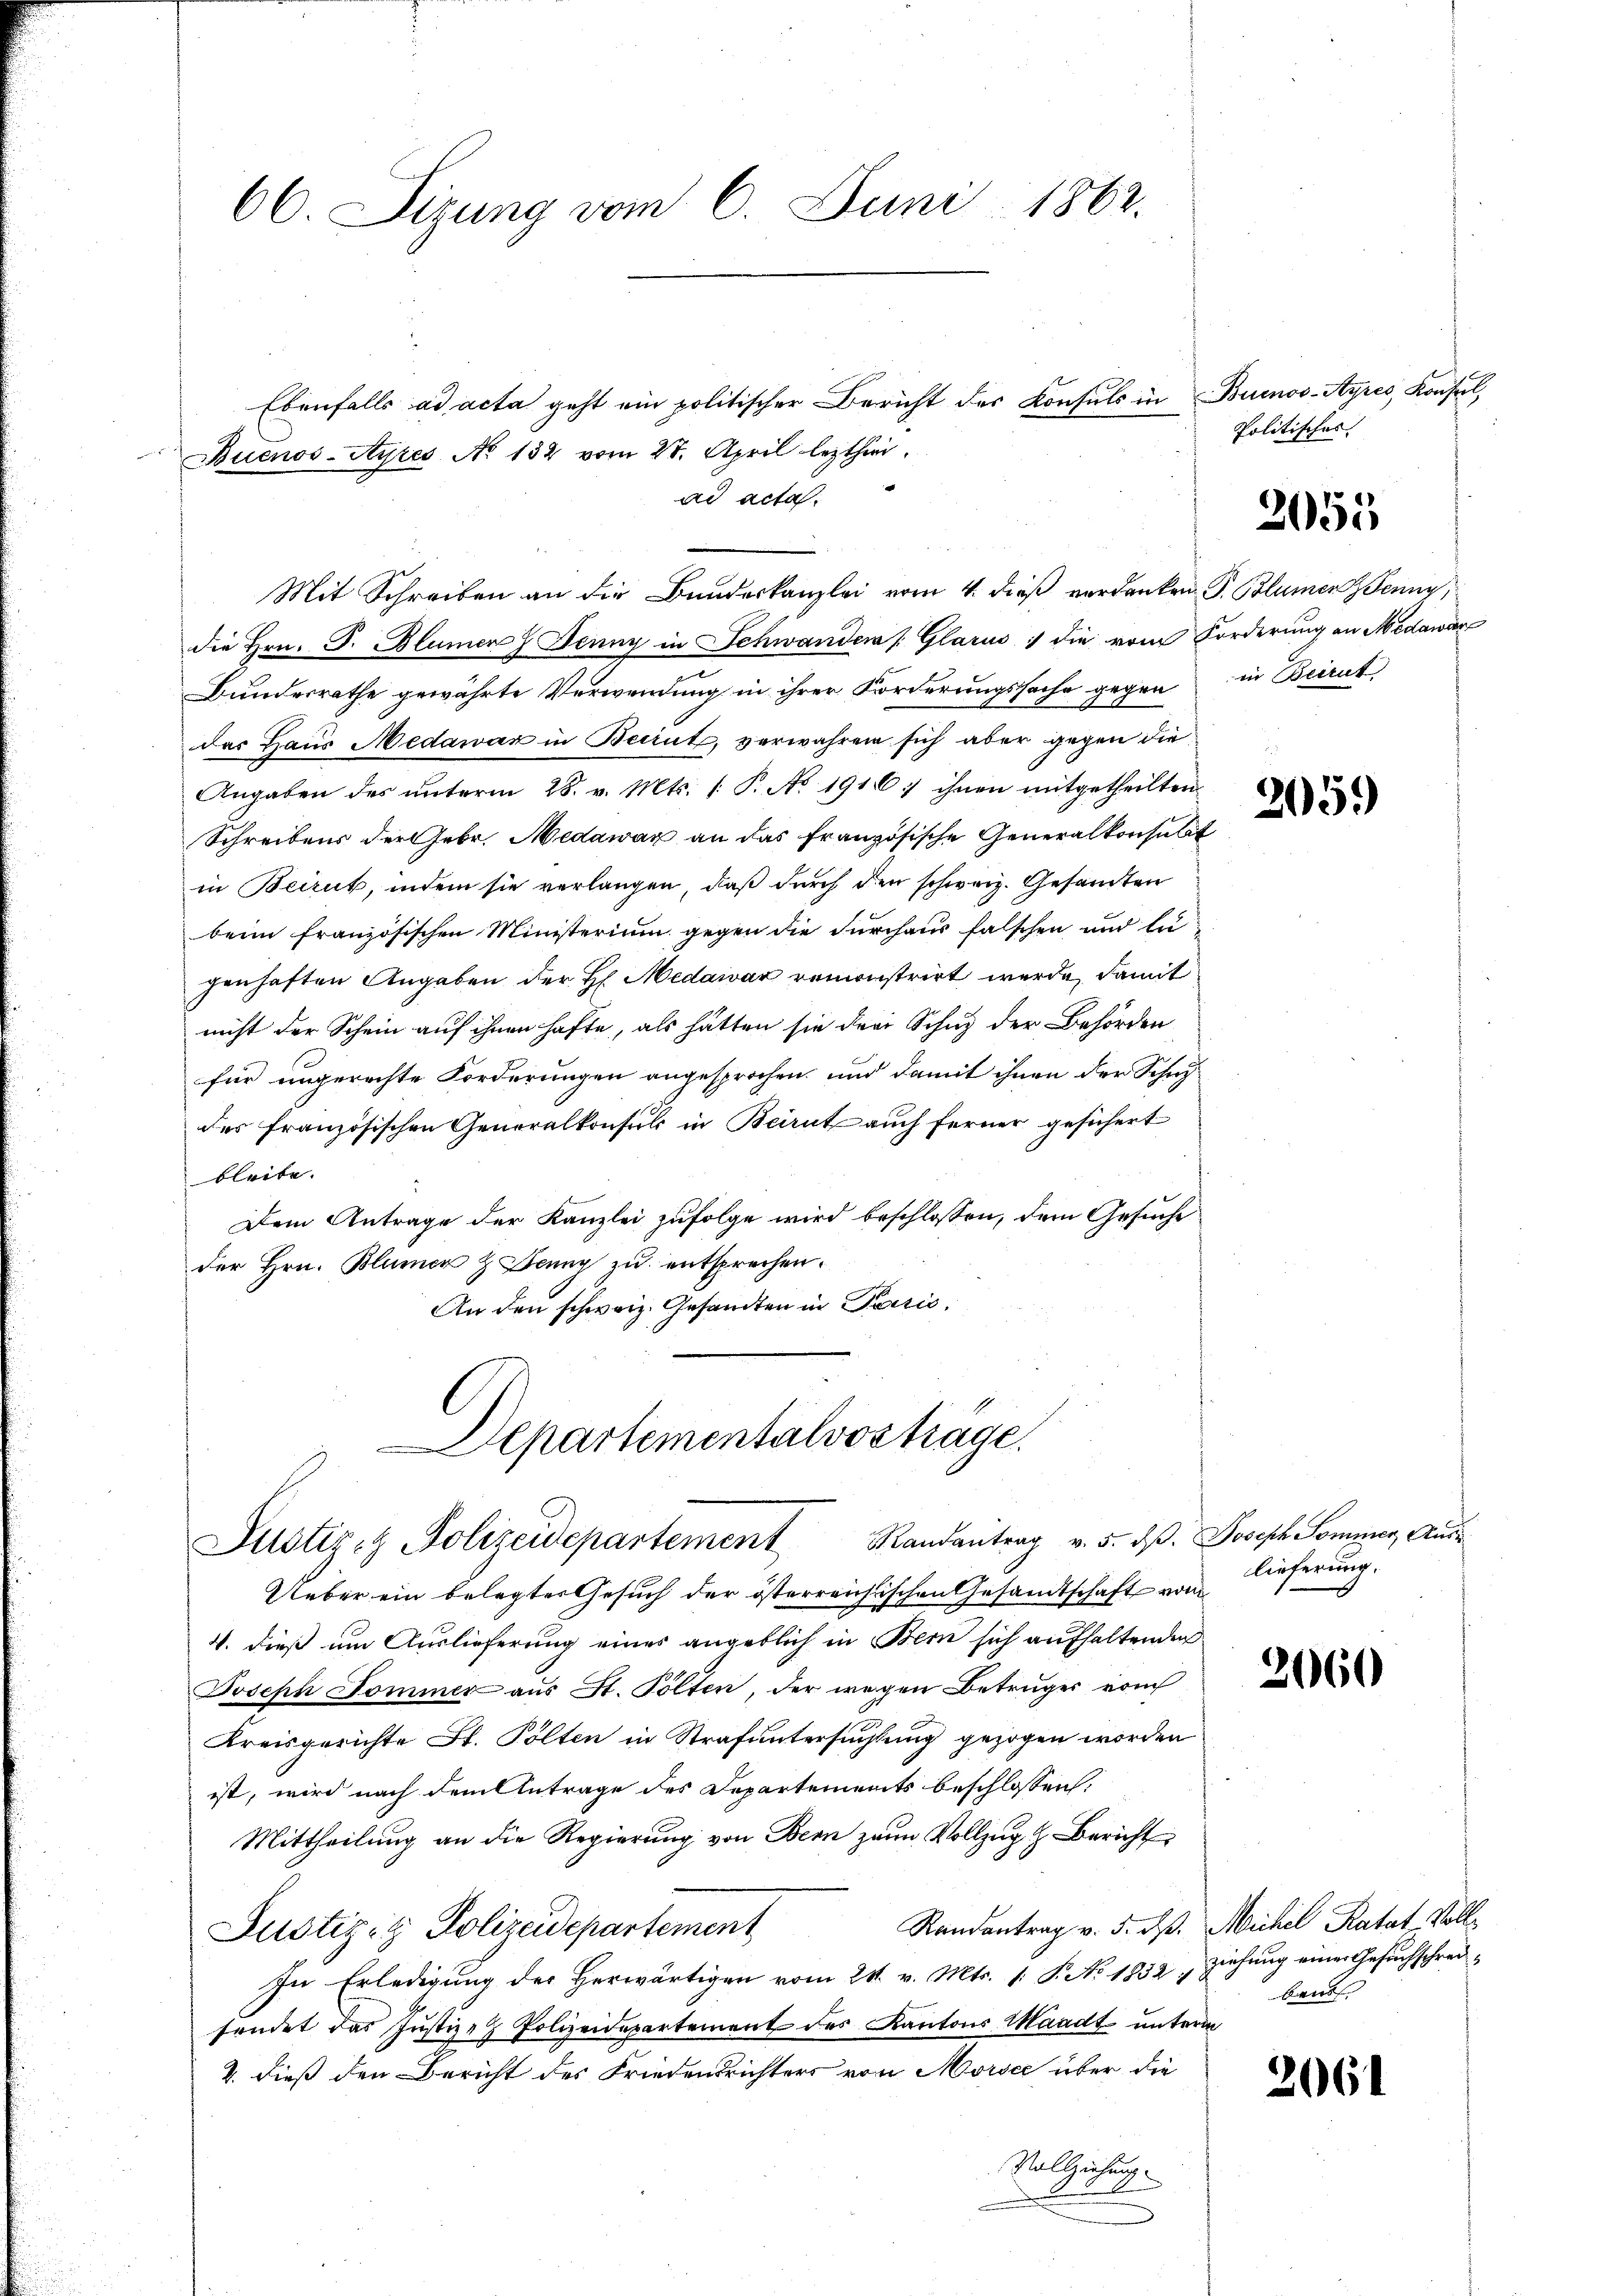
Ebenfalls ad acta geht ein politischer Bericht des Konsuls in Buenos-Ayres, Konsul,
ad acta.
Mit Schreiben an die Bundeskanzlei vom 4. dieß verdanken P. Blumen Jenny,
die Hrn. F. Blumen Jenny in Schwanden Glarus :/ die vom Forderung an Medawar
Bundesrathe gewährte Verwendung in ihrer Forderungssache gegen
das Haus Medawar in Beirut, verwahren sich aber gegen die
Angaben des unterm 28. v. Mts. [: P. No 1916) ihnen mitgetheilten
Schreibens der Gebr. Medawaz an das französische Generalkonsulat
in Beiruk, indem sie verlangen, daß durch den schweiz. Gesandten
beim französischen Ministerium gegen die Durchaus falschen und lu
chenhaften Angaben der H. Medawar remonstrirt werde, damit
nicht der Schein auf ihnen hafte, als hätten sie drei Schuz der Behörden
für ungerechte Forderungen angesprochen, und damit ihnen der Schnides französischen Generalkonsuls in Beirut auch ferner gesichert
bleibe.
Dem Antrage der Kanzlei zufolge wird beschlossen, dem Gesuche
der Hrn. Blumer & Benny zu entsprechen.
An den schweiz. Gesandten in Parzić,
Departementalvos trage.
Justiz & Polizeidepartement Randantrag v. 5. dβ. Joseph Sommer, Aus¬
Ueber ein belegter Gesuch der österreichischen Gesandtschaft vom
4. dieß um Auslieferung eines angeblich in Bern sich aufhaltenden
Joseph Sommer aus St. Polten, der wegen Betruges vom
Kreisgerichte St. Polten in Strafuntersuchtung gezogen worden
ist, wird nach dem Antrage des Departements beschlossen:
Mittheilung an die Regierung von Bern zum Vollzug & Bericht
Randantrag v. 5. dß. Michil Katat, Soll¬
Justizit Polizeidepartement
In Erledigung des Herwärtigen vom 21. v. Mts. 1. P. No. 1832 „Ziehung einer Gesuchschreisendet das Justiz- & Polizeidepartement des Kantons Waadt unterm
2. dieß den Bericht des Friedensrichters von Morsee über die
Vollziehung
e

66. Sizung vom 6. Juni 1862.

Buenos-Ayres No 132 vom 27. April lezthin

Politisches

2055

in Beirut,

2059)

lieferung.

2660

baud

2061